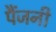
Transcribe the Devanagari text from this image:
पैंजनी